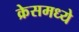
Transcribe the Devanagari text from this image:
क्रेसमध्ये